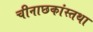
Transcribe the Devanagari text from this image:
चीनाछकांस्तथा